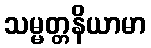
သမ္မတ္တနိယာမာ